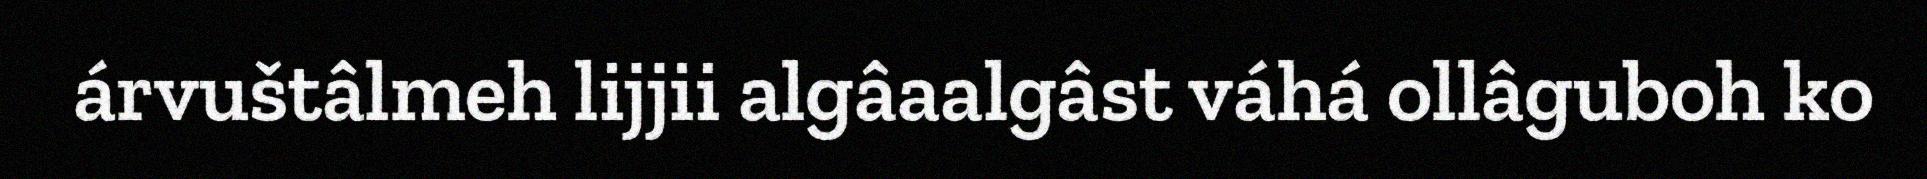
árvuštâlmeh lijjii algâaalgâst váhá ollâguboh ko